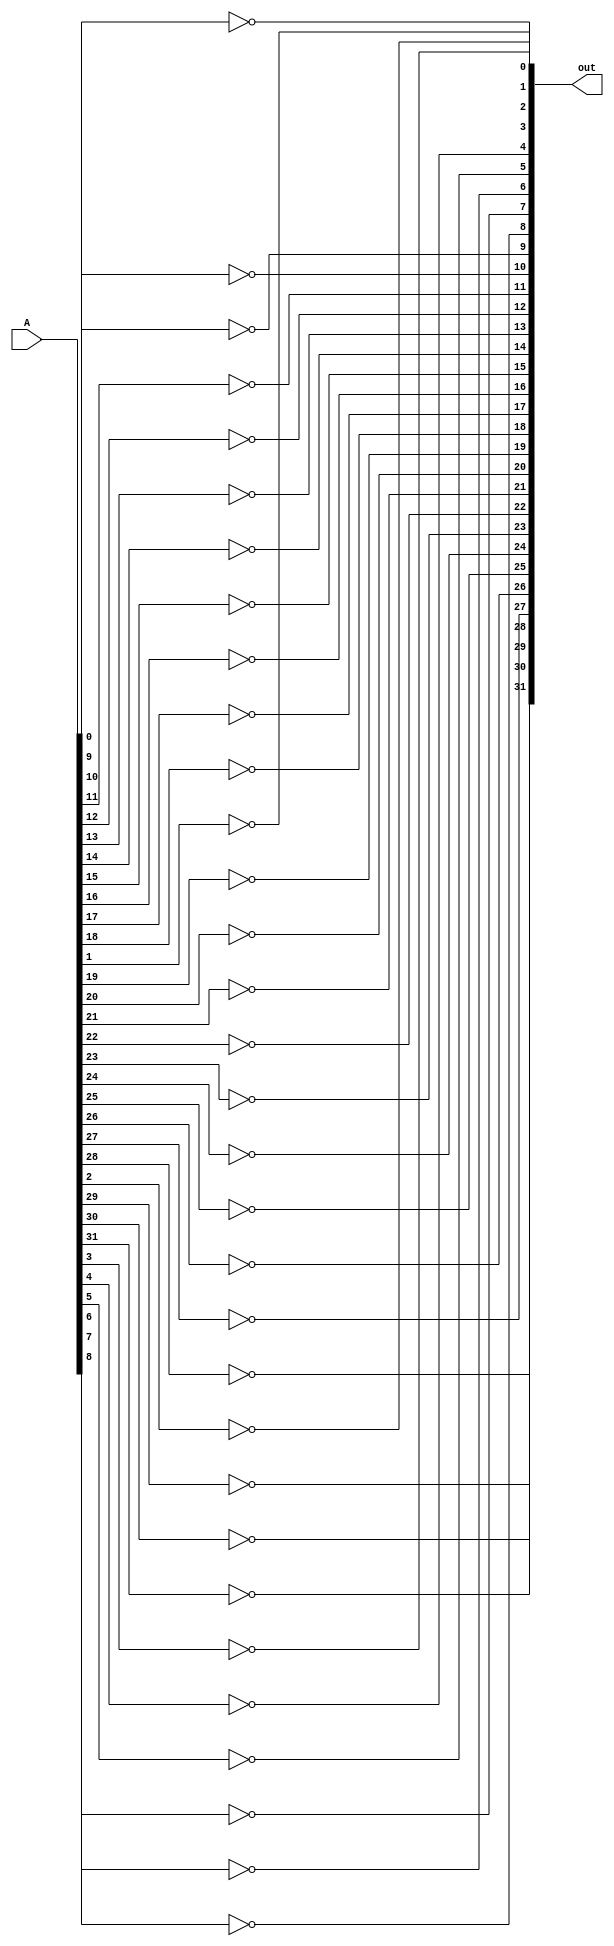
module bitwise_not(out, A);
    input [31:0] A;
    output [31:0] out;

    not BIT0(out[0], A[0]);
    not BIT1(out[1], A[1]);
    not BIT2(out[2], A[2]);
    not BIT3(out[3], A[3]);
    not BIT4(out[4], A[4]);
    not BIT5(out[5], A[5]);
    not BIT6(out[6], A[6]);
    not BIT7(out[7], A[7]);
    not BIT8(out[8], A[8]);
    not BIT9(out[9], A[9]);
    not BIT10(out[10], A[10]);
    not BIT11(out[11], A[11]);
    not BIT12(out[12], A[12]);
    not BIT13(out[13], A[13]);
    not BIT14(out[14], A[14]);
    not BIT15(out[15], A[15]);
    not BIT16(out[16], A[16]);
    not BIT17(out[17], A[17]);
    not BIT18(out[18], A[18]);
    not BIT19(out[19], A[19]);
    not BIT20(out[20], A[20]);
    not BIT21(out[21], A[21]);
    not BIT22(out[22], A[22]);
    not BIT23(out[23], A[23]);
    not BIT24(out[24], A[24]);
    not BIT25(out[25], A[25]);
    not BIT26(out[26], A[26]);
    not BIT27(out[27], A[27]);
    not BIT28(out[28], A[28]);
    not BIT29(out[29], A[29]);
    not BIT30(out[30], A[30]);
    not BIT31(out[31], A[31]);
endmodule